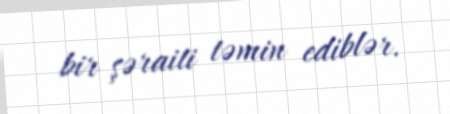
bir şəraiti təmin ediblər.